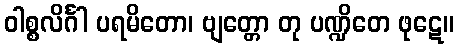
ဝါစ္စလိင်္ဂါ ပရမိတော၊ ဗျတ္တော တု ပဏ္ဍိတေ ဖုဋေ။